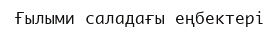
Ғылыми саладағы еңбектері